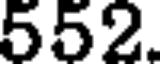
552.